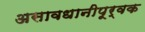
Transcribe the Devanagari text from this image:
असावधानीपूर्वक